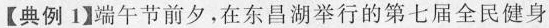
【典例1】端午节前夕，在东昌湖举行的第七届全民健身